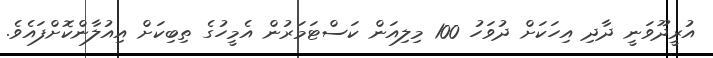
އުރީދޫވަނީ ދާދި އިހަކަށް ދުވަހު 100 މިލިއަން ކަސްޓަމަރުން އެމީހުގެ ތިބިކަށް އިއުލާންކޮށްފައެވެ.